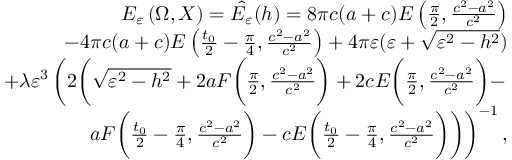
\begin{array} { r } { E _ { \varepsilon } \left( \Omega , X \right) = \hat { E _ { \varepsilon } } ( h ) = 8 \pi c ( a + c ) E \left( \frac { \pi } { 2 } , { \frac { c ^ { 2 } - a ^ { 2 } } { c ^ { 2 } } } \right) } \\ { - 4 \pi c ( a + c ) E \left( \frac { t _ { 0 } } { 2 } - \frac { \pi } { 4 } , \frac { c ^ { 2 } - a ^ { 2 } } { c ^ { 2 } } \right) + 4 \pi \varepsilon ( \varepsilon + \sqrt { \varepsilon ^ { 2 } - h ^ { 2 } } ) } \\ { + \lambda \varepsilon ^ { 3 } \left( 2 \bigg ( \sqrt { \varepsilon ^ { 2 } - h ^ { 2 } } + 2 a F \bigg ( \frac { \pi } { 2 } , \frac { c ^ { 2 } - a ^ { 2 } } { c ^ { 2 } } \bigg ) + 2 c E \bigg ( \frac { \pi } { 2 } , \frac { c ^ { 2 } - a ^ { 2 } } { c ^ { 2 } } \bigg ) - \right. } \\ { \left. a F \bigg ( \frac { t _ { 0 } } { 2 } - \frac { \pi } { 4 } , { \frac { c ^ { 2 } - a ^ { 2 } } { c ^ { 2 } } } \bigg ) - c E \bigg ( \frac { t _ { 0 } } { 2 } - \frac { \pi } { 4 } , { \frac { c ^ { 2 } - a ^ { 2 } } { c ^ { 2 } } } \bigg ) \bigg ) \right) ^ { - 1 } , } \end{array}